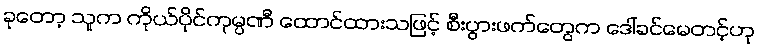
ခုတော့ သူက ကိုယ်ပိုင်ကုမ္ပဏီ ထောင်ထားသဖြင့် စီးပွားဖက်တွေက ဒေါ်ခင်မေတင့်ဟု